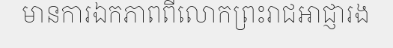
មានការឯកភាពពីលោកព្រះរាជអាជ្ញារង